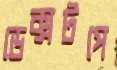
ডেক্সটপে